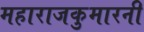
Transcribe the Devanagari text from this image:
महाराजकुमारनी